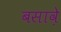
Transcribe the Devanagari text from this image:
बसावे़